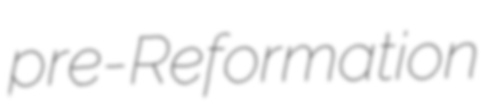
pre-Reformation